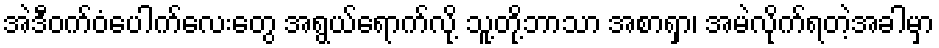
အဲဒီဝက်ဝံပေါက်လေးတွေ အရွယ်ရောက်လို့ သူ့တို့ဘာသာ အစာရှာ၊ အမဲလိုက်ရတဲ့အခါမှာ